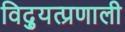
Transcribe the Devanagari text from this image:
विद्युत्प्रणाली